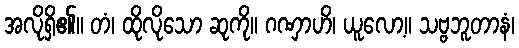
အလိုရှိ၏။ တံ၊ ထိုလိုသော ဆုကို။ ဂဏှာဟိ၊ ယူလော့။ သဗ္ဗဘူတာနံ၊